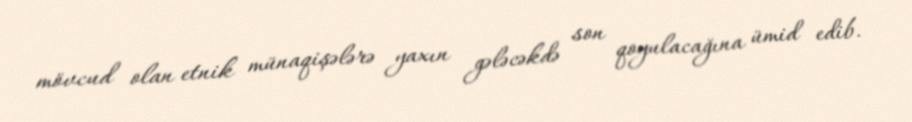
mövcud olan etnik münaqişələrə yaxın gələcəkdə son qoyulacağına ümid edib.